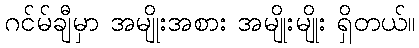
ဂင်မ်ချီမှာ အမျိုးအစား အမျိုးမျိုး ရှိတယ်။